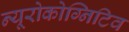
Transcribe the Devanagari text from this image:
न्यूरोकोग्निटिव